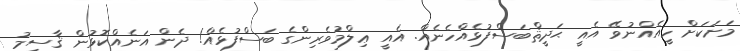
މަށަކަށް ހީއެއްނުވޭ އެއީ ޙަދީޘްބަސްފުޅެއްހެނެއް. އެއީ ޢިލްމުވެރިންގެ ބަސްފުޅެއް! ދެން އަނެއްކޮޅުން ޤާސިމު